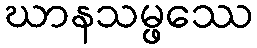
ဃာနသမ္ဖဿေ